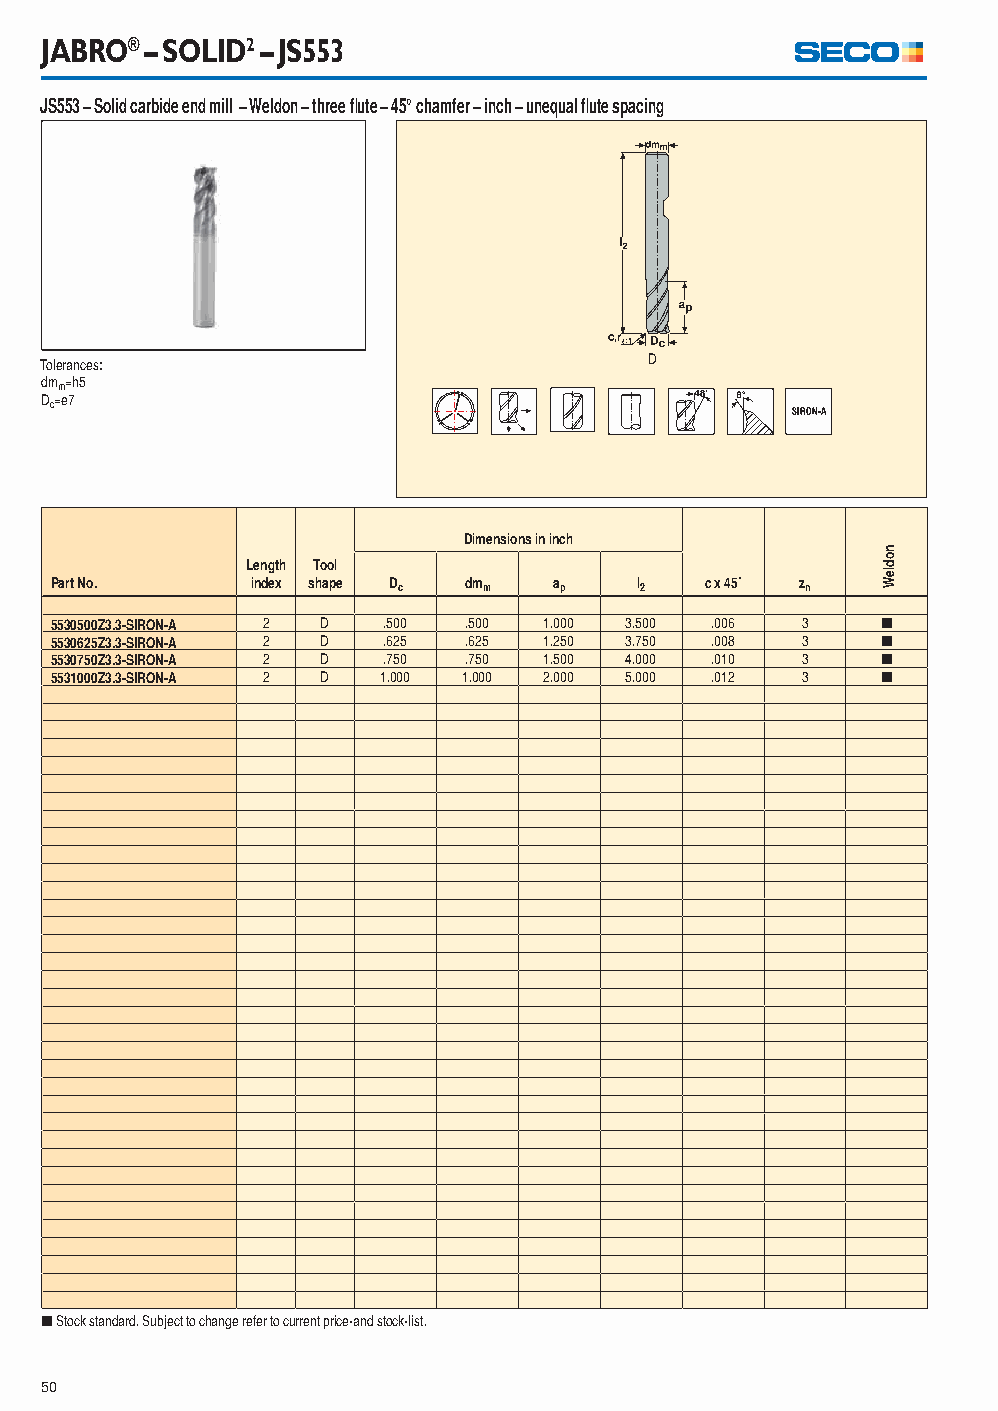
JABRO® – SOLID2 – JS553
 JS553 – Solid carbide end mill – Weldon – three fl ute – 45° chamfer – inch – unequal fl ute spacing
 Tolerances:                             D
 dmm=h5
 Dc=e7
 Dimensions in inch
 Length Tool
 Part No.      index shape Dc dmm  ap   l2   c x 45˚ zn
 5530500Z3.3-SIRON-A 2 D .500 .500 1.000 3.500 .006 3   [
 5530625Z3.3-SIRON-A 2 D .625 .625 1.250 3.750 .008 3   [
 5530750Z3.3-SIRON-A 2 D .750 .750 1.500 4.000 .010 3   [
 5531000Z3.3-SIRON-A 2 D 1.000 1.000 2.000 5.000 .012 3 [
 [ Stock standard. Subject to change refer to current price-and stock-list.
 50
 nodleW